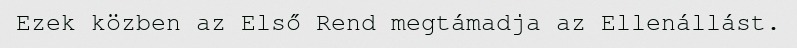
Ezek közben az Első Rend megtámadja az Ellenállást.